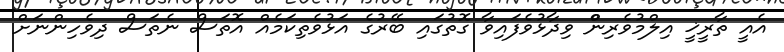
އެއީ ތާރީޚީ އިލްމުވެރިންް ވިދާޅުވެފައިވާ ގޮތުގައި ބޭރުގެ އަޅުވެތިކަމެއް އޮތަސް ނެތަސް ދިވެހިންނަށް